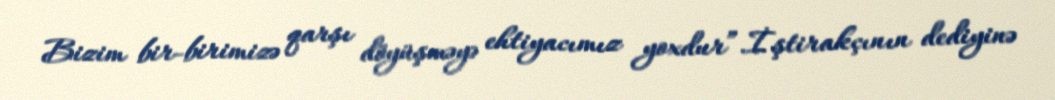
Bizim bir-birimizə qarşı döyüşməyə ehtiyacımız yoxdur”.İştirakçının dediyinə